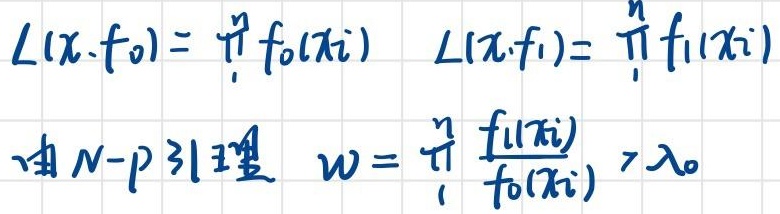
\[L(x,f_0)=\prod_{i = 1}^{n}f_0(x_i) \quad L(x,f_1)=\prod_{i = 1}^{n}f_1(x_i)\]
由 N - p 引理，\(W = \left\{\prod_{i = 1}^{n}\frac{f_1(x_i)}{f_0(x_i)}>\lambda_0\right\}\)